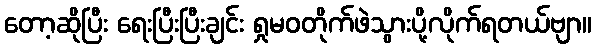
တော့ဆိုပြီး ရေးပြီးပြီးချင်း ရှုမဝတိုက်ဖဲသွားပို့လိုက်ရတယ်ဗျာ။